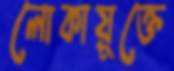
লোকায়ুক্তে